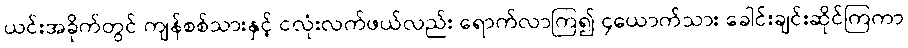
ယင်းအခိုက်တွင် ကျန်စစ်သားနှင့် ငလုံးလက်ဖယ်လည်း ရောက်လာကြ၍ ၄ယောက်သား ခေါင်းချင်းဆိုင်ကြကာ